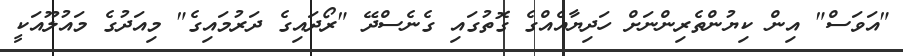
"އަވަސް" އިން ކިޔުންތެރިންނަށް ހަދިޔާއެއްގެ ގޮތުގައި ގެނެސްދޭ "ރޯދައިގެ ދަރުމައިގެ" މިއަދުގެ މައުލޫއަކީ